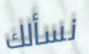
نسألك